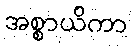
အစ္စာယိကာ